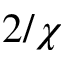
2 / \chi